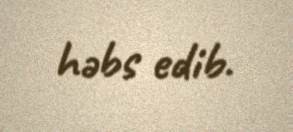
həbs edib.